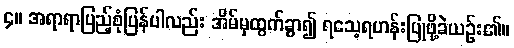
၄။ အရာရာပြည့်စုံပြန်ပါလည်း အိမ်မှထွက်ခွာ၍ ရသေ့ရဟန်းပြုဖို့ခဲယဉ်း၏။